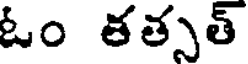
ఓం తత్సత్